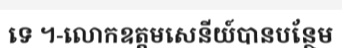
ទេ ។-លោកឧត្តមសេនីយ៍បានបន្ថែម